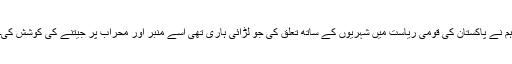
ہم نے پاکستان کی قومی ریاست میں شہریوں کے ساتھ تعلق کی جو لڑائی ہاری تھی اسے منبر اور محراب پر جیتنے کی کوشش کی۔